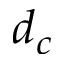
d _ { c }